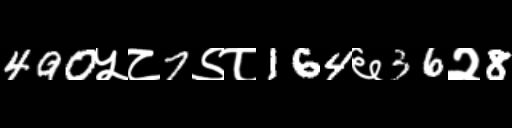
Text: 490५८7९८164६36२8